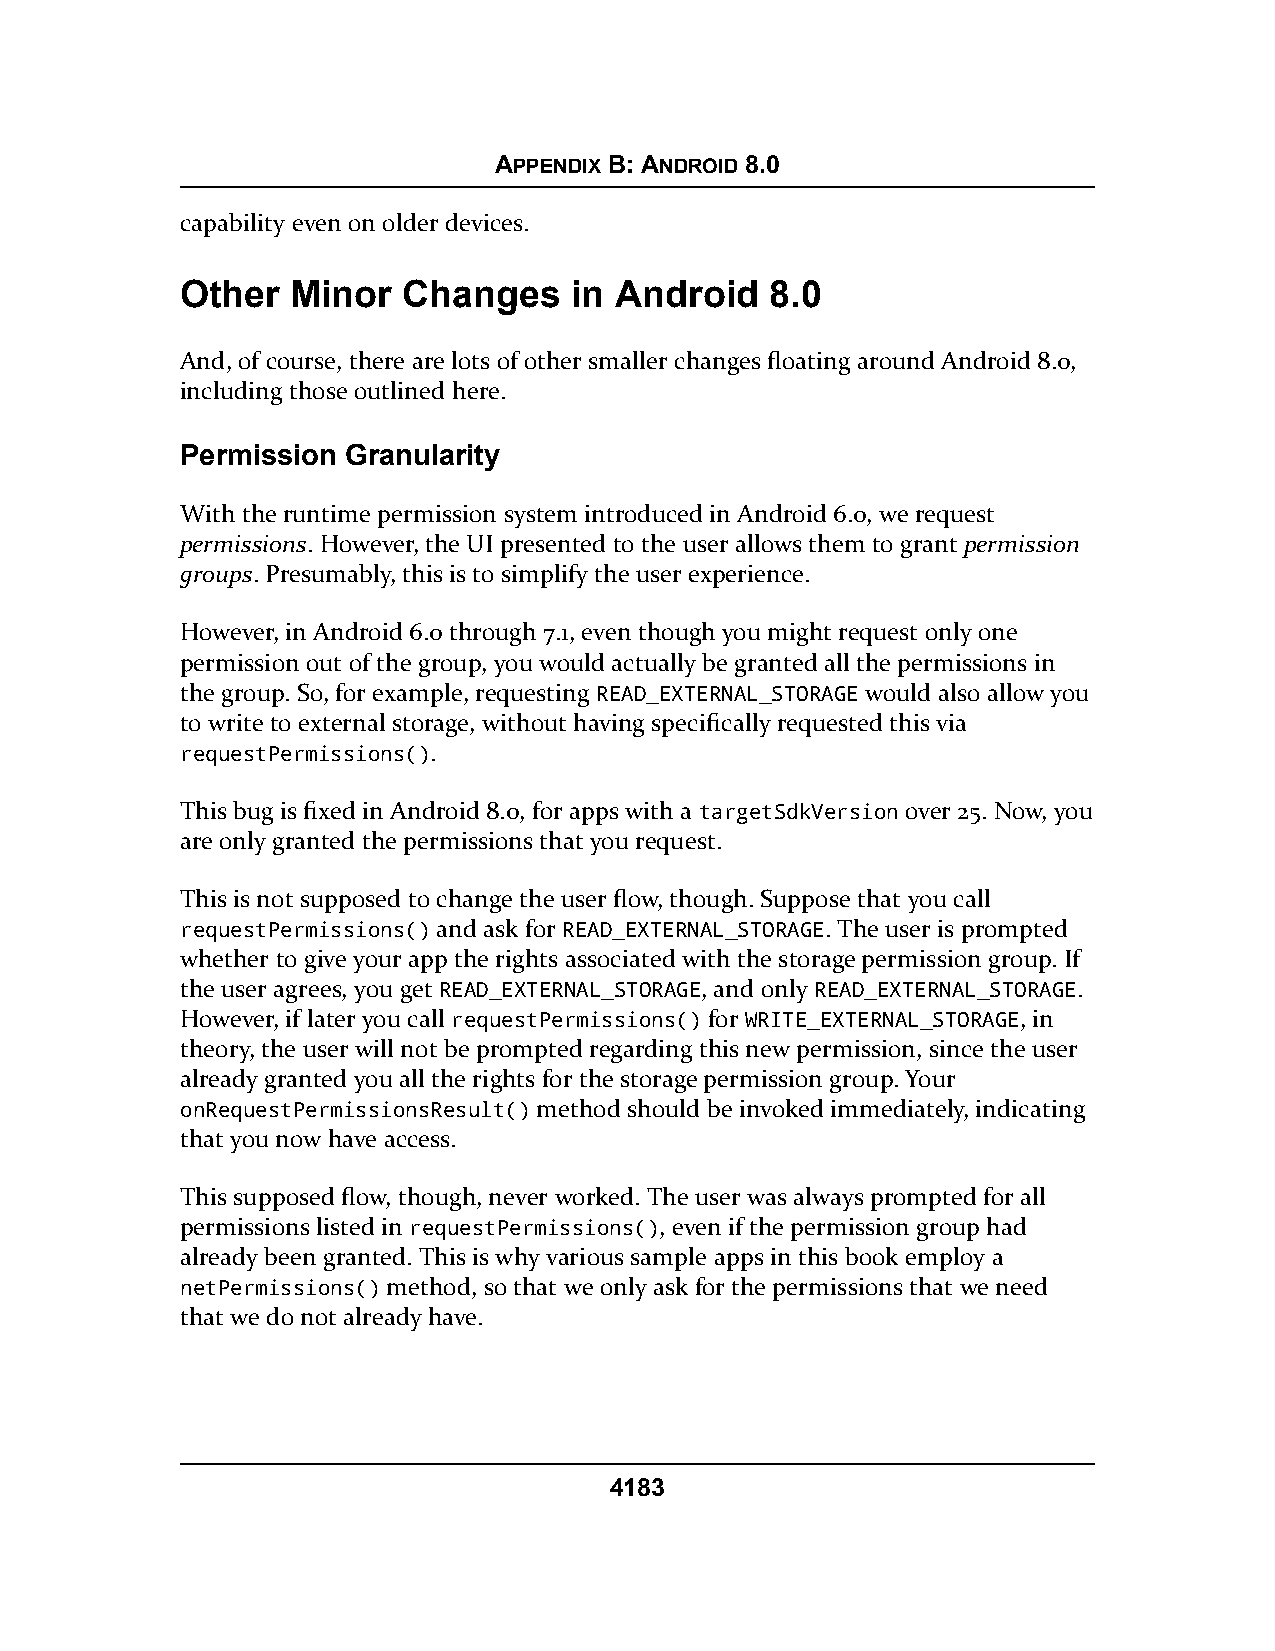
APPENDIX B: ANDROID 8.0
 capability even on older devices.
 Other  Minor   Changes    in Android   8.0
 And, of course, there are lots of other smaller changes floating around Android 8.0,
 including those outlined here.
 Permission Granularity
 With the runtime permission system introduced in Android 6.0, we request
 permissions. However, the UI presented to the user allows them to grant permission
 groups. Presumably, this is to simplify the user experience.
 However, in Android 6.0 through 7.1, even though you might request only one
 permission out of the group, you would actually be granted all the permissions in
 the group. So, for example, requesting READ_EXTERNAL_STORAGE would also allow you
 to write to external storage, without having specifically requested this via
 requestPermissions().
 This bug is fixed in Android 8.0, for apps with a targetSdkVersion over 25. Now, you
 are only granted the permissions that you request.
 This is not supposed to change the user flow, though. Suppose that you call
 requestPermissions() and ask for READ_EXTERNAL_STORAGE. The user is prompted
 whether to give your app the rights associated with the storage permission group. If
 the user agrees, you get READ_EXTERNAL_STORAGE, and only READ_EXTERNAL_STORAGE.
 However, if later you call requestPermissions() for WRITE_EXTERNAL_STORAGE, in
 theory, the user will not be prompted regarding this new permission, since the user
 already granted you all the rights for the storage permission group. Your
 onRequestPermissionsResult() method should be invoked immediately, indicating
 that you now have access.
 This supposed flow, though, never worked. The user was always prompted for all
 permissions listed in requestPermissions(), even if the permission group had
 already been granted. This is why various sample apps in this book employ a
 netPermissions() method, so that we only ask for the permissions that we need
 that we do not already have.
 4183